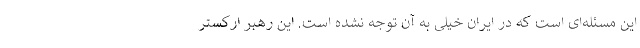
این مسئله‌ای است که در ایران خیلی به آن توجه نشده است. این رهبر ارکستر